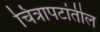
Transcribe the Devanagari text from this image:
चित्रापटांतील